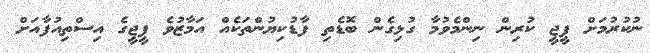
ނުކުރުމަށް ޕީޖީ ކުރިން ނިންމެވުމާ ގުޅިގެން ބޮޑެތި ފާޑުކިޔުންތަކެއް އަމާޒުވެ ޕީޖީގެ އިސްތިއުފާއަށް